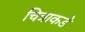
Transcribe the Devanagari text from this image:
चित्राकडे